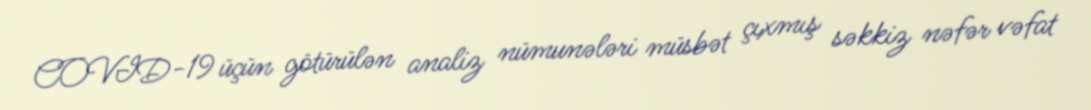
COVID-19 üçün götürülən analiz nümunələri müsbət çıxmış səkkiz nəfər vəfat